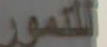
للنمور